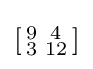
\left[{\begin{smallmatrix}9&4\\3&12\\\end{smallmatrix}}\right]